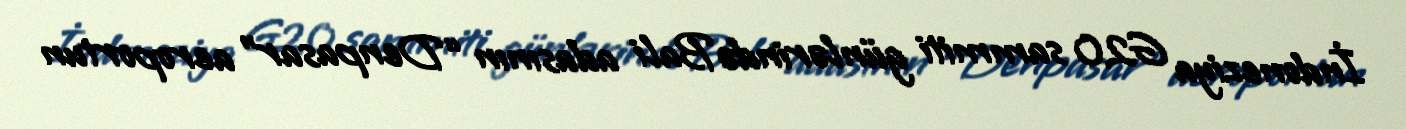
İndoneziya G20 sammiti günlərində Bali adasının “Denpasar” aeroportun